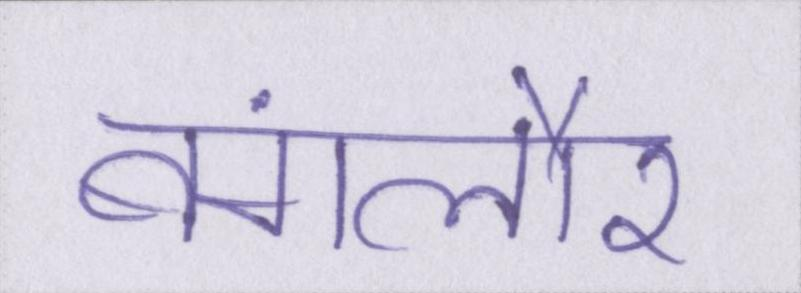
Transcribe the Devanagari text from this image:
बंगलौर